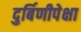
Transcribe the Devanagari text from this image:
दुर्बिणीपेक्षा